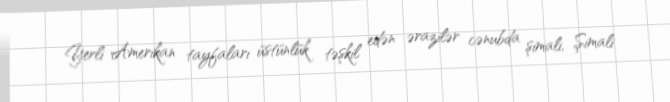
Yerli Amerikan tayfaları üstünlük təşkil edən ərazilər cənubda şimali, Şimali